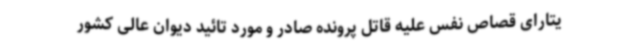
یتارای قصاص نفس علیه قاتل پرونده صادر و مورد تائید دیوان عالی کشور